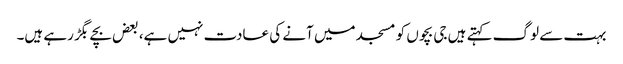
بہت سے لوگ کہتے ہیں جی بچوں کو مسجد میں آنے کی عادت نہیں ہے، بعض بچے بگڑ رہے ہیں۔